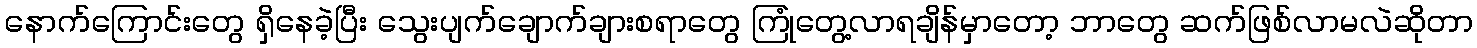
နောက်ကြောင်းတွေ ရှိနေခဲ့ပြီး သွေးပျက်ချောက်ချားစရာတွေ ကြုံတွေ့လာရချိန်မှာတော့ ဘာတွေ ဆက်ဖြစ်လာမလဲဆိုတာ